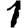
Digit: 1